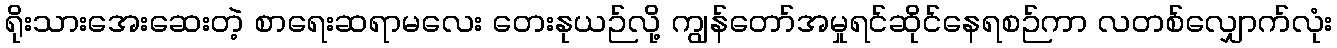
ရိုးသားအေးဆေးတဲ့ စာရေးဆရာမလေး တေးနုယဉ်လို့ ကျွန်တော်အမှုရင်ဆိုင်နေရစဉ်ကာ လတစ်လျှောက်လုံး